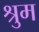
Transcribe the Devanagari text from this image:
श्रुम